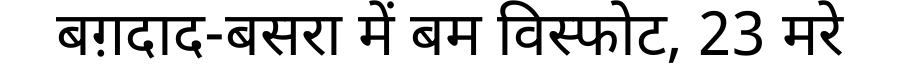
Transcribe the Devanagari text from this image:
बग़दाद-बसरा में बम विस्फोट, 23 मरे